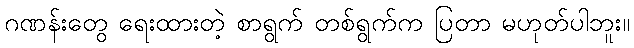
ဂဏန်းတွေ ရေးထားတဲ့ စာရွက် တစ်ရွက်က ပြတာ မဟုတ်ပါဘူး။